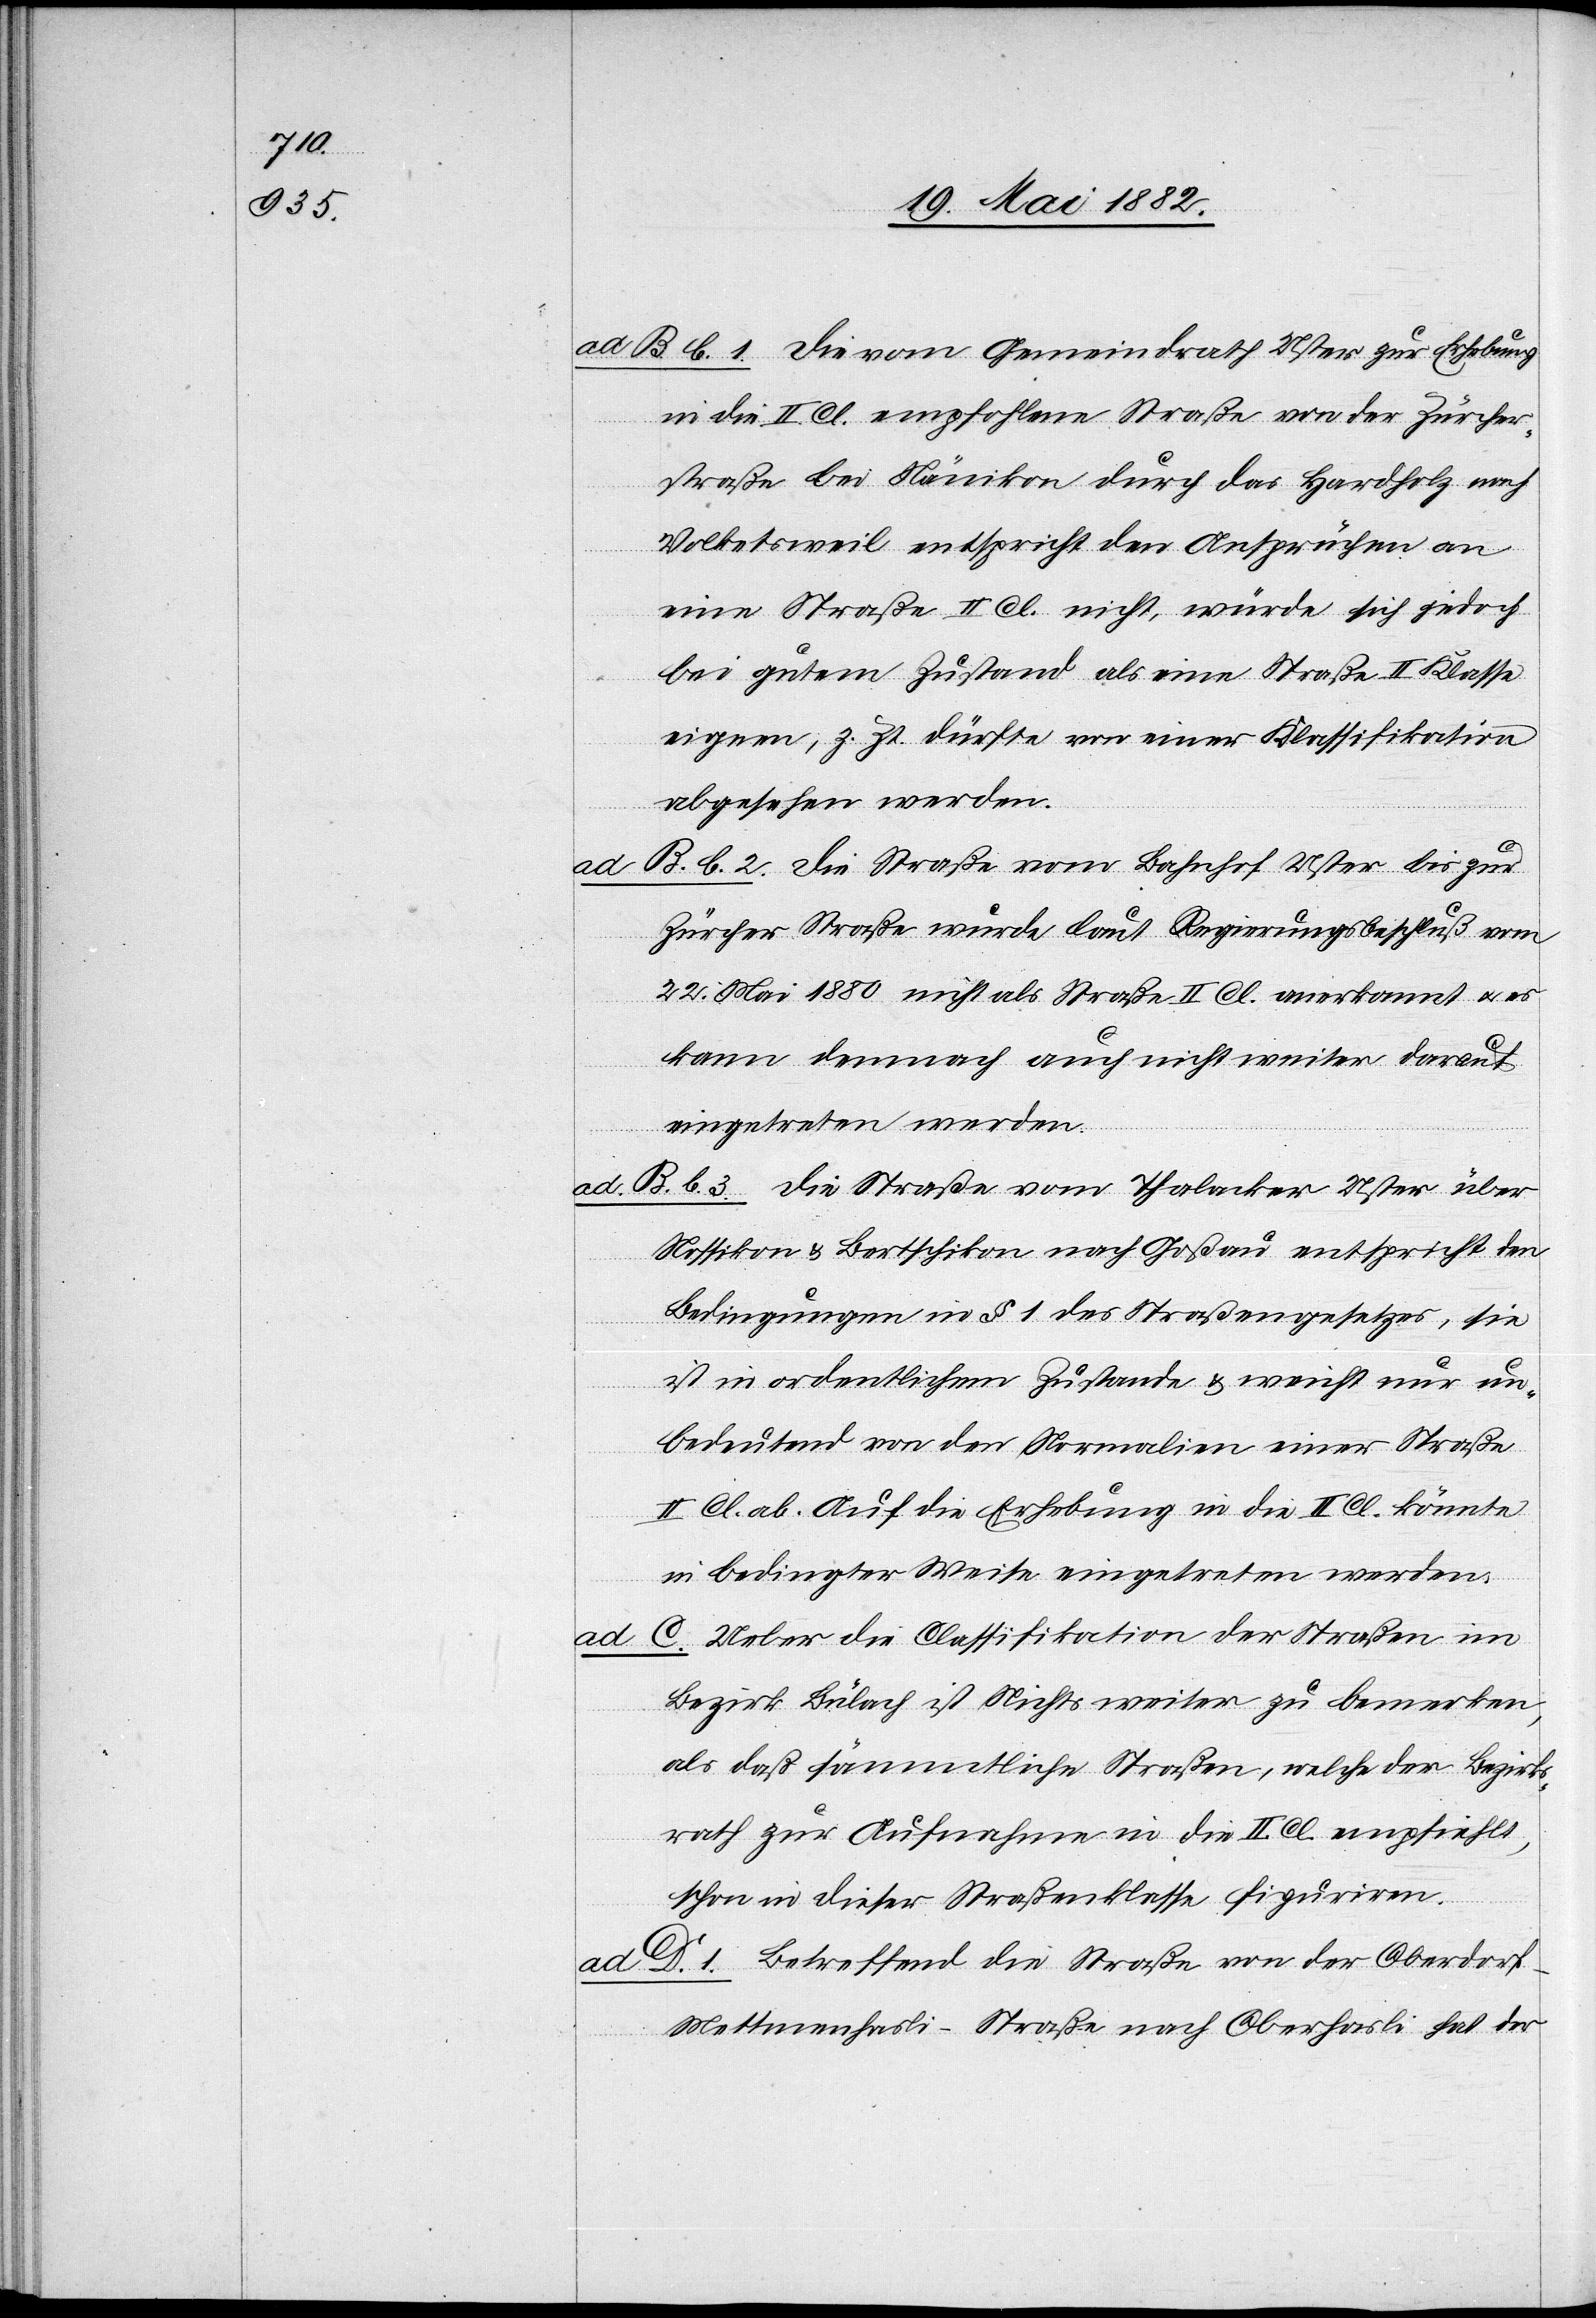
ad B. b. 1. Die vom Gemeindrathe Uster zur Erhebung
in die II. Cl. empfohlene Straße von der Züricher¬
straße bei Nänikon durch das Hardholz nach
Volketsweil entspricht den Ansprüchen an
eine Straße II. Cl. nicht, würde sich jedoch
bei gutem Zustand als eine Straße II. Klasse
eignen, z. Zt. dürfte von einer Klassifikation
abgesehen werden.
B. b. 2. Die Straße vom Bahnhof Uster bis zur
Zürcher Straße wurde laut Regierungsbeschluß vom
22. Mai 1880 nicht als Straße II. Cl. anerkannt u. es
kann demnach auch nicht weiter darauf
eingetreten werden.
ad B. b. 3. Die Straße vom Thalacker Uster über
Nossikon & Bertschikon nach Goßau entspricht den
Bedingungen in § 1 des Straßengesetzes, sie
ist in ordentlichem Zustande & weicht nur un¬
bedeutend von den Normalien einer Straßen
II. Cl. ab. Auf die Erhebung in die II. Cl. könnte
in bedingter Weise eingetreten werden.
C. Ueber die Classifikation der Straßen im
Bezirk Bülach ist Nichts weiter zu bemerken,
als daß sämmtliche Straßen, welche der Bezirks¬
rath zur Aufnahme in die II. Cl. empfiehlt,
schon in dieser Straßenklasse figuriren.
D. 1. Betreffend die Straße von der Oberdor¬
f-Mettmenhasli-Straße nach Oberhasli hat der